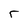
Character: r